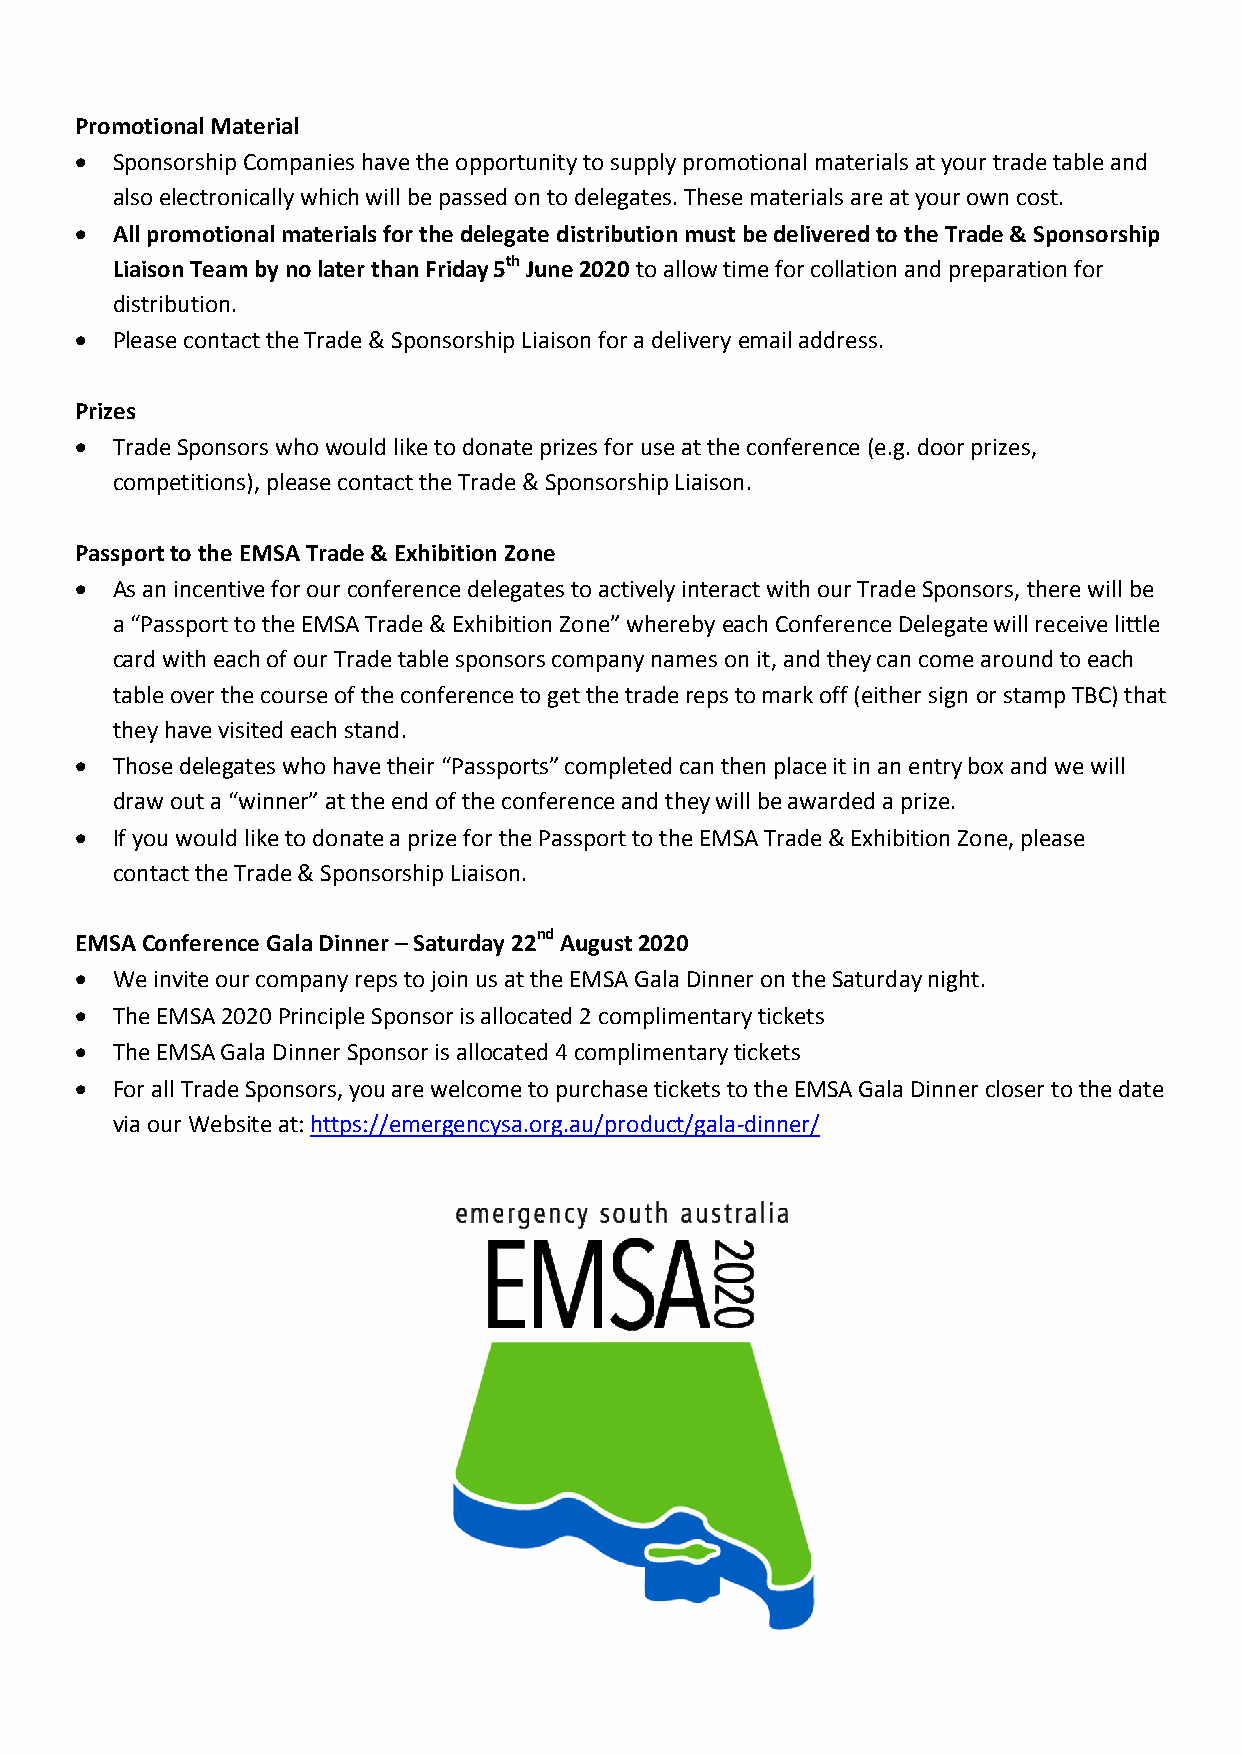
Promotional Material
  Sponsorship Companies have the opportunity to supply promotional materials at your trade table and
 also electronically which will be passed on to delegates. These materials are at your own cost.
  All promotional materials for the delegate distribution must be delivered to the Trade & Sponsorship
 Liaison Team by no later than Friday 5th June 2020 to allow time for collation and preparation for
 distribution.
  Please contact the Trade & Sponsorship Liaison for a delivery email address.
 Prizes
  Trade Sponsors who would like to donate prizes for use at the conference (e.g. door prizes,
 competitions), please contact the Trade & Sponsorship Liaison.
 Passport to the EMSA Trade & Exhibition Zone
  As an incentive for our conference delegates to actively interact with our Trade Sponsors, there will be
 a “Passport to the EMSA Trade & Exhibition Zone” whereby each Conference Delegate will receive little
 card with each of our Trade table sponsors company names on it, and they can come around to each
 table over the course of the conference to get the trade reps to mark off (either sign or stamp TBC) that
 they have visited each stand.
  Those delegates who have their “Passports” completed can then place it in an entry box and we will
 draw out a “winner” at the end of the conference and they will be awarded a prize.
  If you would like to donate a prize for the Passport to the EMSA Trade & Exhibition Zone, please
 contact the Trade & Sponsorship Liaison.
 EMSA Conference Gala Dinner – Saturday 22nd August 2020
  We invite our company reps to join us at the EMSA Gala Dinner on the Saturday night.
  The EMSA 2020 Principle Sponsor is allocated 2 complimentary tickets
  The EMSA Gala Dinner Sponsor is allocated 4 complimentary tickets
  For all Trade Sponsors, you are welcome to purchase tickets to the EMSA Gala Dinner closer to the date
 via our Website at: https://emergencysa.org.au/product/gala-dinner/